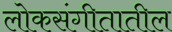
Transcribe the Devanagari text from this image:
लोकसंगीतातील